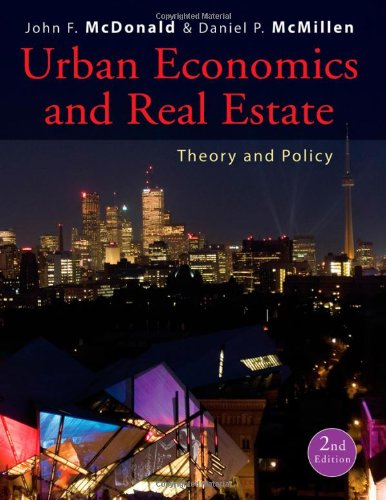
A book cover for Urban Economics and Real Estate: Theory and Policy; John F. McDonald; Business & Money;